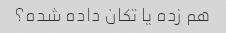
هم زده یا تکان داده شده؟